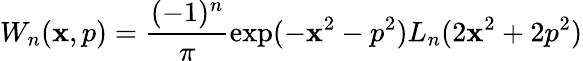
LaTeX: W_{n}(\mathbf{x},p)=\frac{{(-1)^{n}}}{{\pi}}\exp(-\mathbf{x}^{2}-p^{2})L_{n}(2\mathbf{x}^{2}+2p^{2})